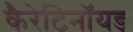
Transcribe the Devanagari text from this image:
कैरेटिनॉयड